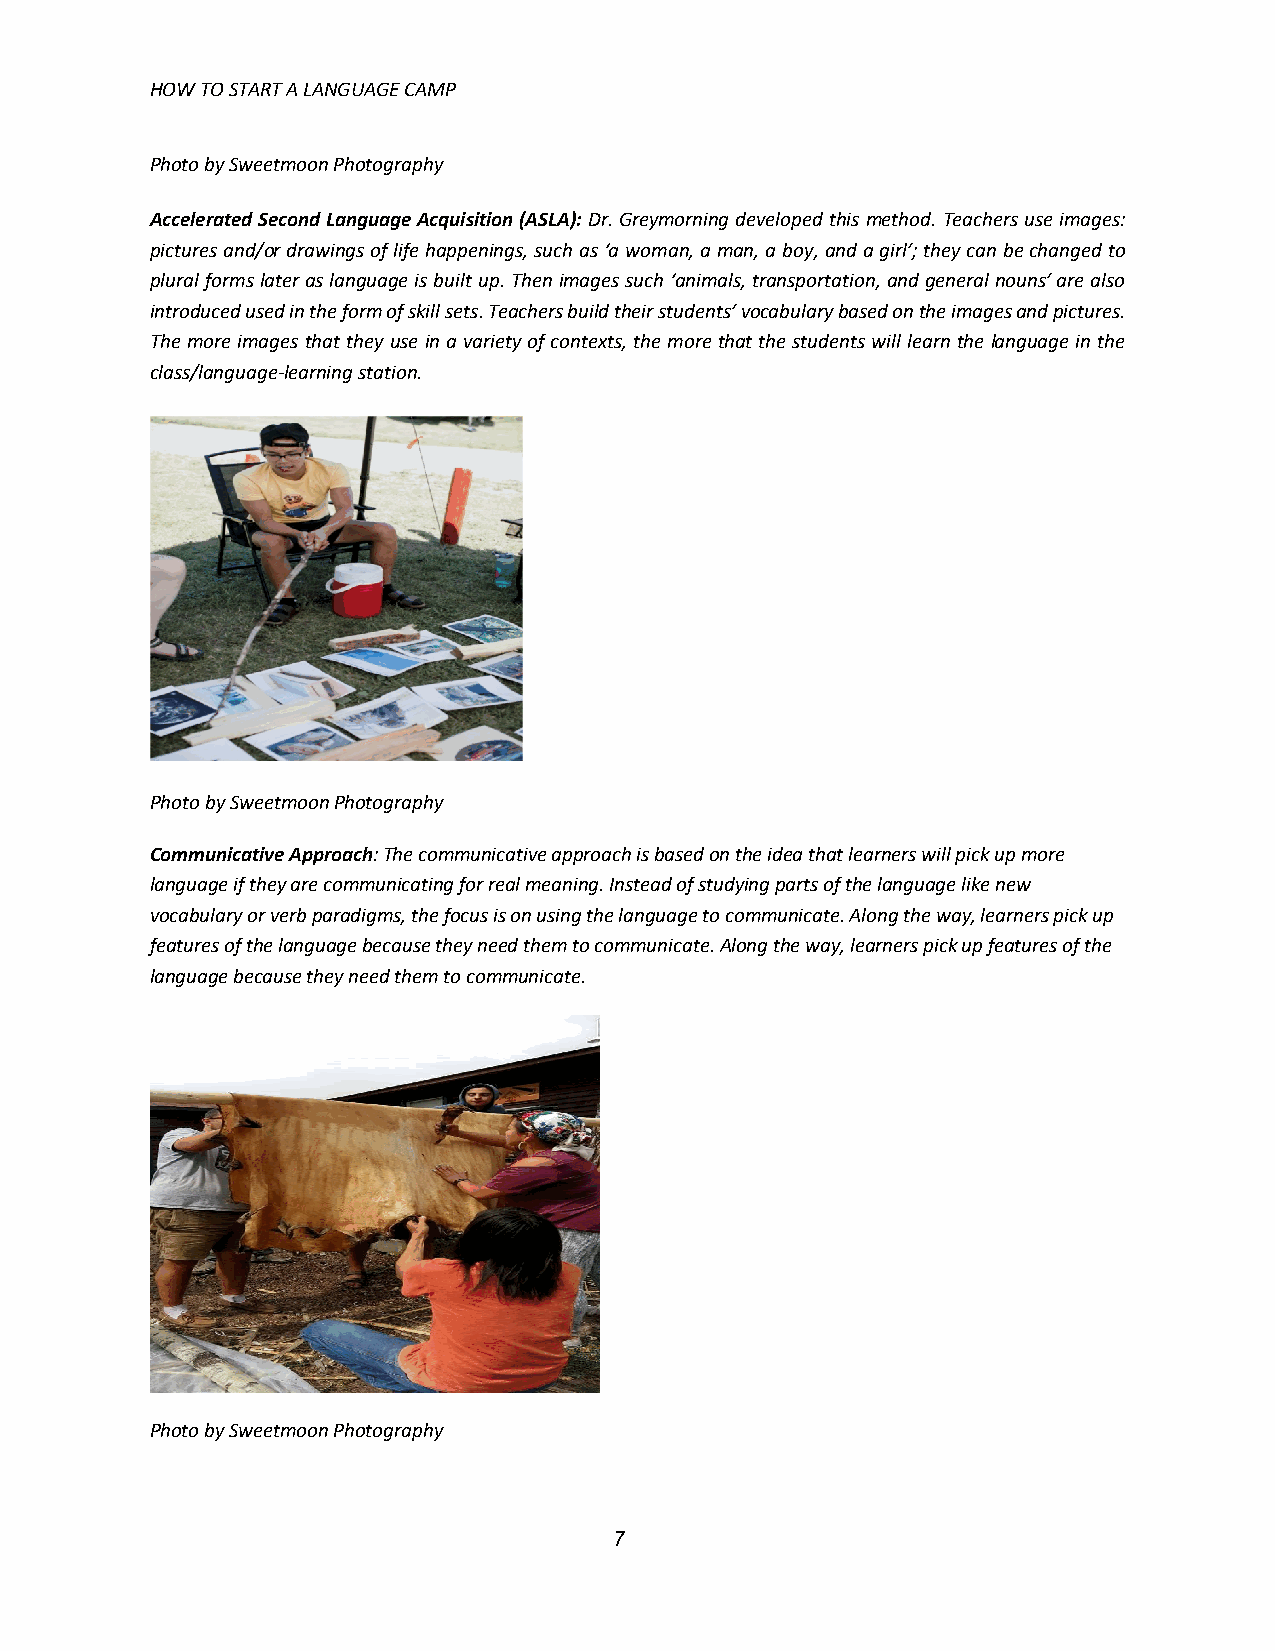
HOW TO START A LANGUAGE CAMP
 Photo by Sweetmoon Photography
 Accelerated Second Language Acquisition (ASLA): Dr. Greymorning developed this method. Teachers use images:
 pictures and/or drawings of life happenings, such as ‘a woman, a man, a boy, and a girl’; they can be changed to
 plural forms later as language is built up. Then images such ‘animals, transportation, and general nouns’ are also
 introduced used in the form of skill sets. Teachers build their students’ vocabulary based on the images and pictures.
 The more images that they use in a variety of contexts, the more that the students will learn the language in the
 class/language-learning station.
 Photo by Sweetmoon Photography
 Communicative Approach: The communicative approach is based on the idea that learners will pick up more
 language if they are communicating for real meaning. Instead of studying parts of the language like new
 vocabulary or verb paradigms, the focus is on using the language to communicate. Along the way, learners pick up
 features of the language because they need them to communicate. Along the way, learners pick up features of the
 language because they need them to communicate.
 Photo by Sweetmoon Photography
 7